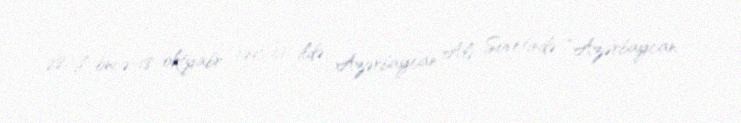
28 il öncə-18 oktyabr 1991-ci ildə Azərbaycan Ali Sovetində “Azərbaycan